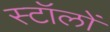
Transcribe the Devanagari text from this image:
स्टॉलों